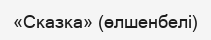
«Сказка» (өлшенбелі)